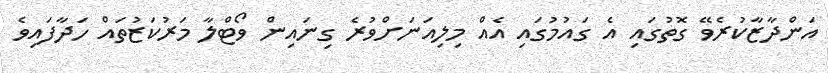
އަންދާޒާކުރެވޭ ގޮތުގައި އެ ގައުމުގައި އެއް މިލިއަނަށްވުރެ ގިނައިން ވޯޓްލާ މަރުކަޒުތައް ހަދާފައިވެ